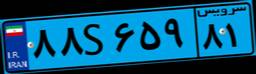
۸۸S۶۵۹۸۱